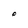
Character: O